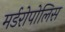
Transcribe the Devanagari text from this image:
मर्डरोपोलिस